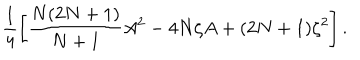
\frac { 1 } { 4 } \left[ \frac { N ( 2 N + 1 ) } { N + 1 } A ^ { 2 } - 4 N \zeta A + ( 2 N + 1 ) \zeta ^ { 2 } \right] .